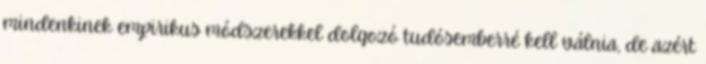
mindenkinek empirikus módszerekkel dolgozó tudósemberré kell válnia, de azért